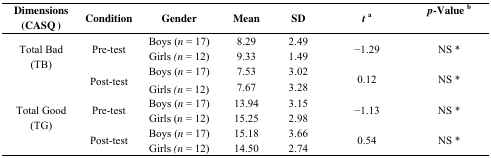
| Dimensions(CASQ ) | Condition | Gender | Mean | SD | ta | p-Value b |
 | --- | --- | --- | --- | --- | --- | --- |
 | <ROWSPAN=4> Total Bad(TB) | <ROWSPAN=2> Pre-test | Boys (n = 17) | 8.29 | 2.49 | <ROWSPAN=2> −1.29 | <ROWSPAN=2> NS * |
 | Girls (n = 12) | 9.33 | 1.49 |
 | <ROWSPAN=2> Post-test | Boys (n = 17) | 7.53 | 3.02 | <ROWSPAN=2> 0.12 | <ROWSPAN=2> NS * |
 | Girls (n = 12) | 7.67 | 3.28 |
 | <ROWSPAN=4> Total Good(TG) | <ROWSPAN=2> Pre-test | Boys (n = 17) | 13.94 | 3.15 | <ROWSPAN=2> −1.13 | <ROWSPAN=2> NS * |
 | Girls (n = 12) | 15.25 | 2.98 |
 | <ROWSPAN=2> Post-test | Boys (n = 17) | 15.18 | 3.66 | <ROWSPAN=2> 0.54 | <ROWSPAN=2> NS * |
 | Girls (n = 12) | 14.50 | 2.74 |